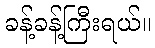
ခန့်ခန့်ကြီးရယ်။